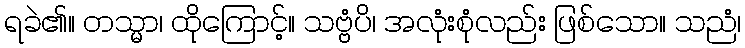
ရခဲ၏။ တသ္မာ၊ ထိုကြောင့်။ သဗ္ဗံပိ၊ အလုံးစုံလည်း ဖြစ်သော။ သညံ၊